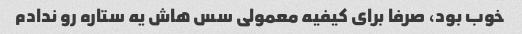
خوب بود، صرفا برای کیفیه معمولی سس هاش یه ستاره رو ندادم